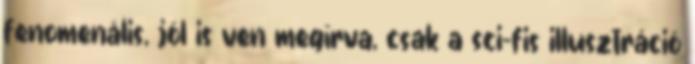
fenomenális, jól is ven megírva, csak a sci-fis illusztráció